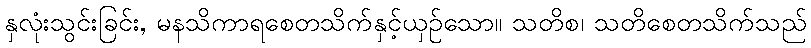
နှလုံးသွင်းခြင်း, မနသိကာရစေတသိက်နှင့်ယှဉ်သော။ သတိစ၊ သတိစေတသိက်သည်